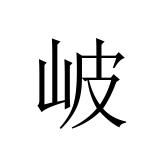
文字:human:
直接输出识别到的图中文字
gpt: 岥